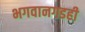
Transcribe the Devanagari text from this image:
भगवानगडही